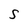
Character: S